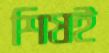
শিষই